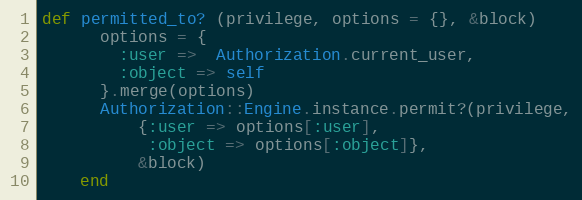
Language: Ruby
def permitted_to? (privilege, options = {}, &block)
      options = {
        :user =>  Authorization.current_user,
        :object => self
      }.merge(options)
      Authorization::Engine.instance.permit?(privilege,
          {:user => options[:user],
           :object => options[:object]},
          &block)
    end